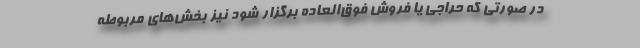
در صورتی که حراجی یا فروش فوق‌العاده برگزار شود نیز بخش‌های مربوطه